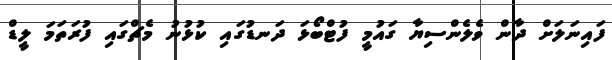
ފައިނަލަށް ދާން ވެލެންސިޔާ ގައުމީ ފުޓްބޯޅަ ދަނޑުގައި ކުޅުނު މެޗްގައި ފުރަތަމަ ލީޑް